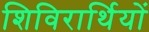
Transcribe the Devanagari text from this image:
शिविरार्थियों